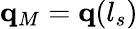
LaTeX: \mathbf{q}_{M}=\mathbf{q}(l_{s})